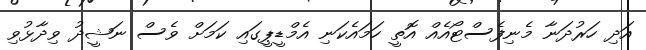
އަދި ހަރުދަނާ މެނިފެސްޓޯއެއް އޮތީ ހަމައެކަނި އެމްޑީޕީގައި ކަމަށް ވެސް ނަޝީދު ވިދާޅުވި